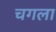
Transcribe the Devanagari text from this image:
चगला